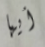
أيها